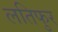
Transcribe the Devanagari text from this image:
लतिफुर